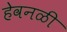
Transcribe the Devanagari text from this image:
हेवनळी